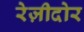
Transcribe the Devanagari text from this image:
रेज़ीदोर